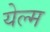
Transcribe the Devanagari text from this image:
येल्म